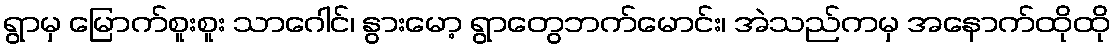
ရွာမှ မြောက်စူးစူး သာဂေါင်၊ နွားမော့ ရွာတွေဘက်မောင်း၊ အဲသည်ကမှ အနောက်ထိုထို